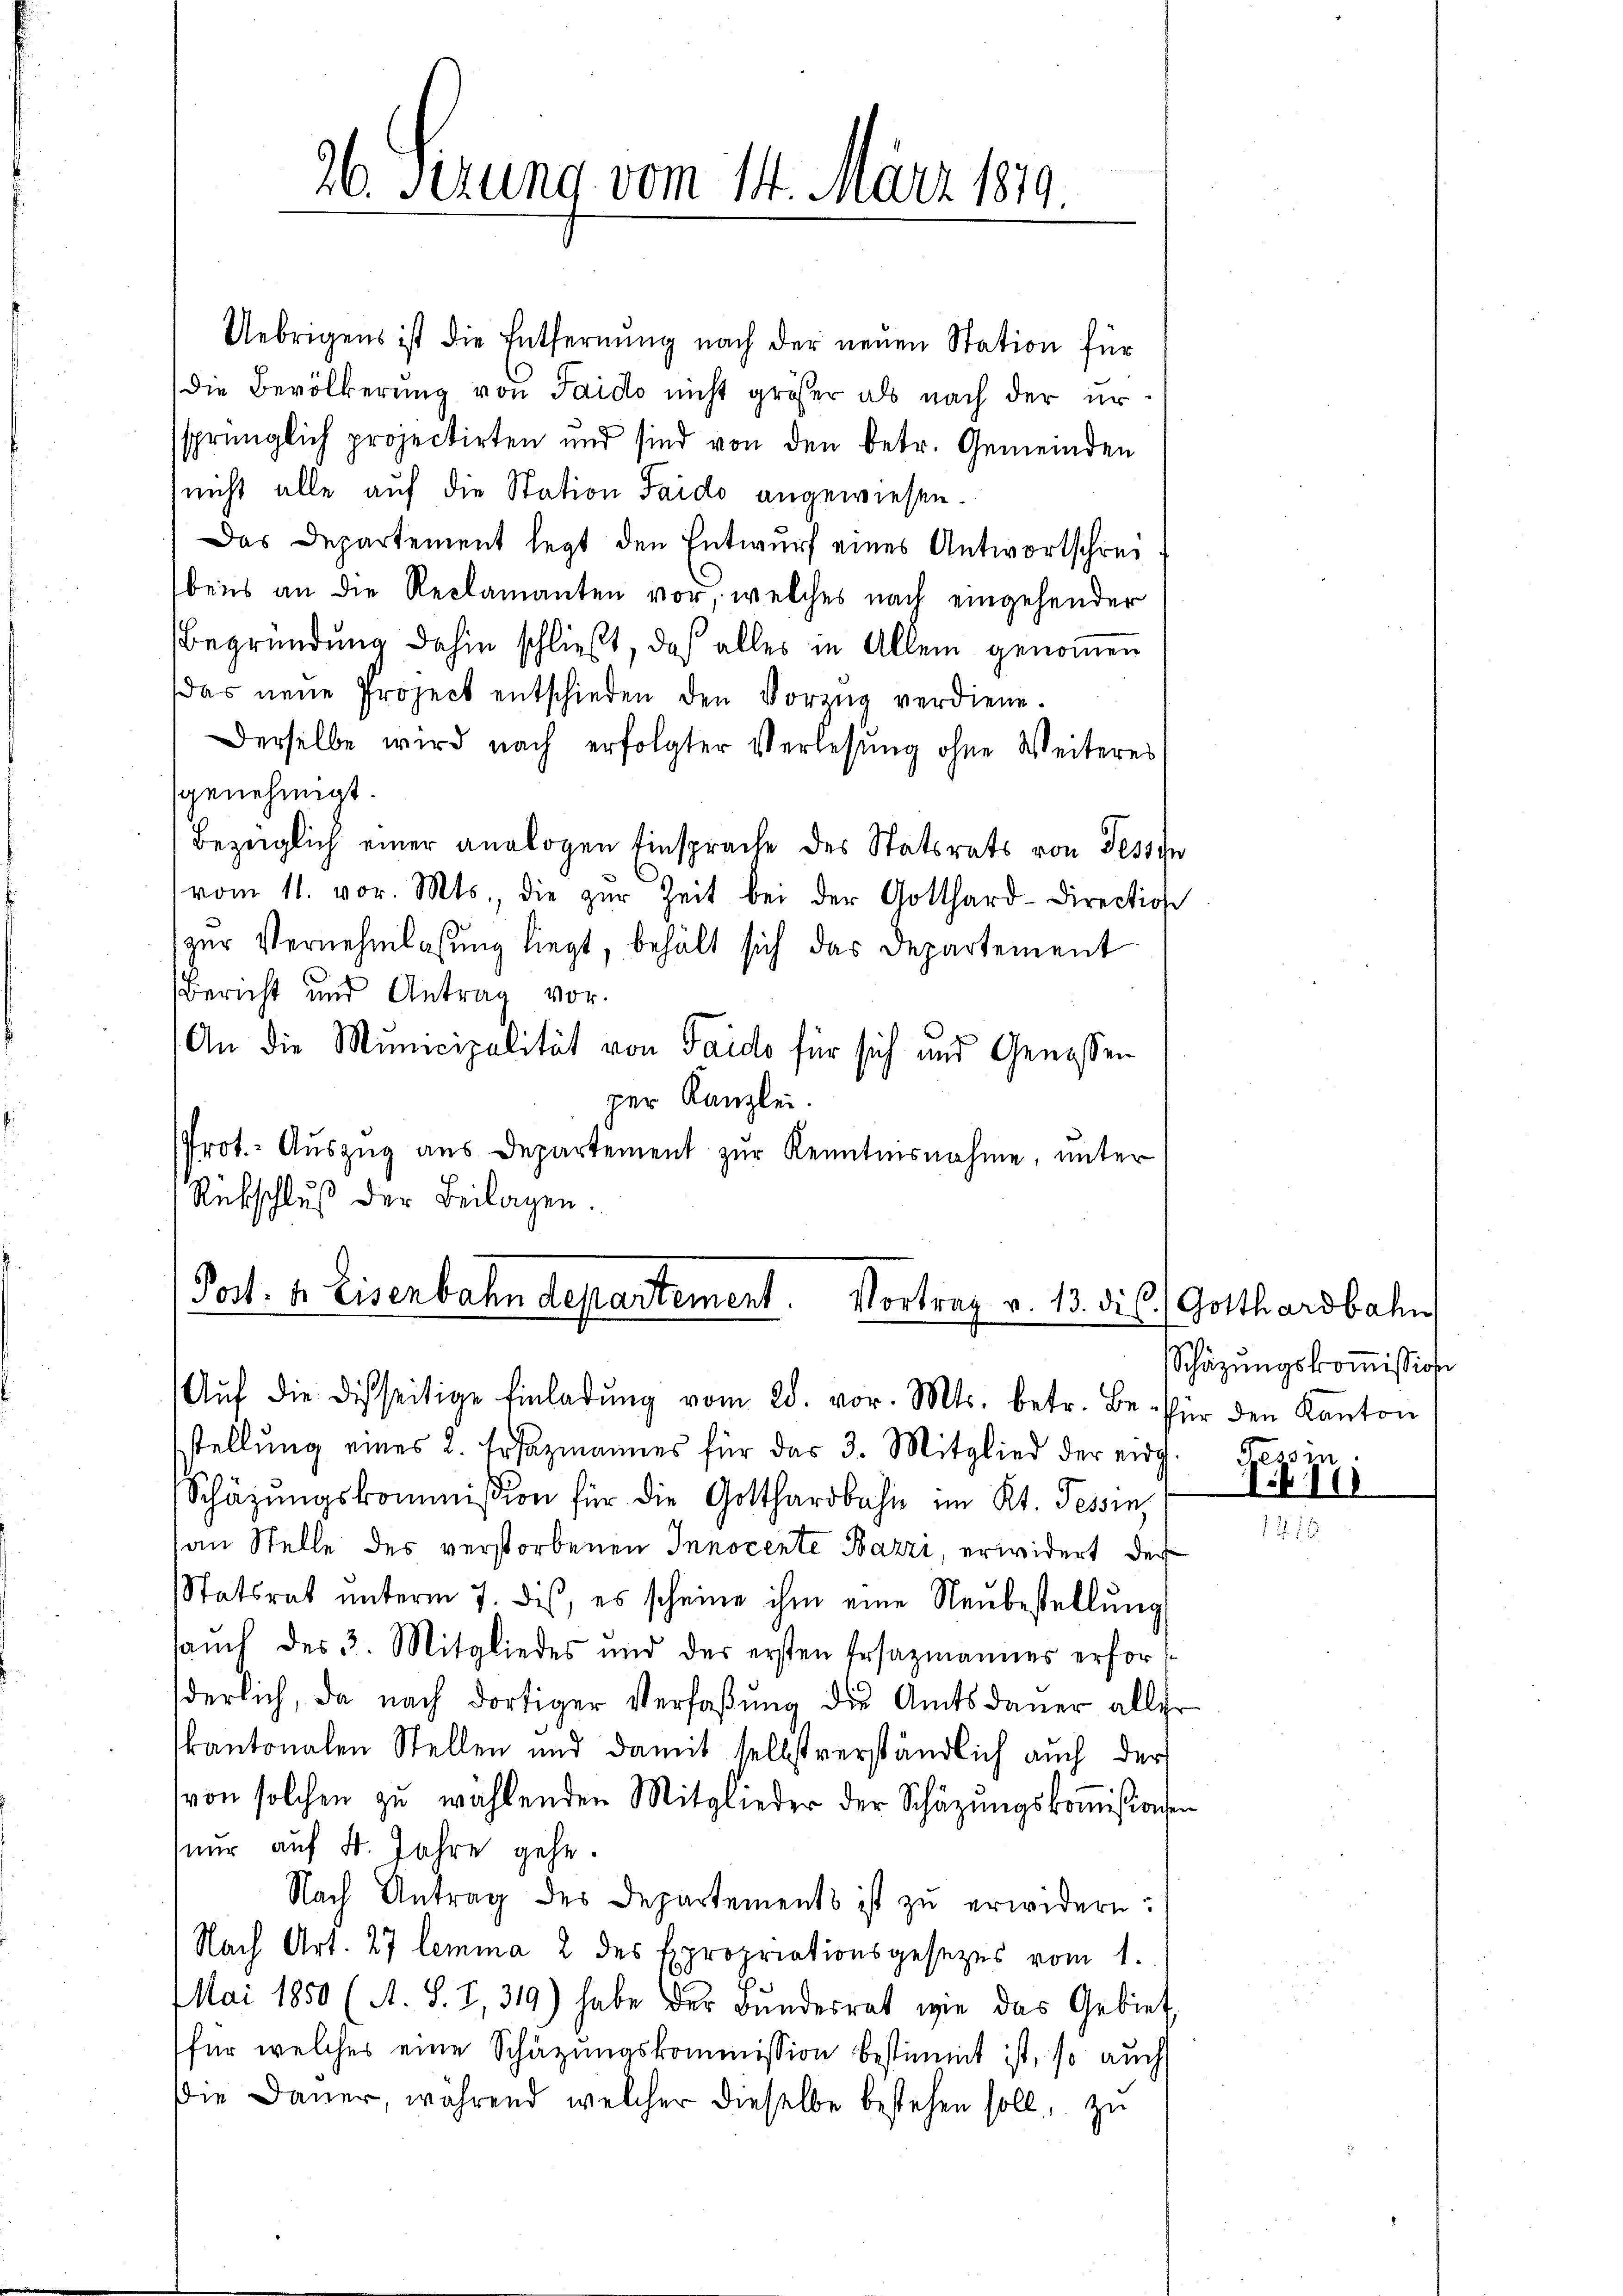
Post. 4. Eisenbahndepartement. Vortrag v. 13. dis
Aŭf die disseitige Einladŭng vom 28. vor. Mts. betr. Be. für den Kanton

26. Serung vom 14. März 1879.

Uebrigens ist die Entfernung nach der neuen Station für
die Bevölkerung von Taido nicht größer als nach der er
sprünglich projectirten und sind von den betr. Gemeinden
nicht alle auf die Station Taido angewiesen.
Das Departement legt den Entwurf eines Antwortschreibens an die Reclamanten vor, welches nach eingehender
Begründung dahin schließt, daß alles in Allem genommen
(das neue Project entschieden den Vorzŭg verdiene.
Derselbe wird nach erfolgter Verlesung ohne Weiteres
sgenehmigt.
Bezüglich einer analogen Einsprache des Statsrats von Tessin
vom 11. vor. Mts., die zŭr Zeit bei der Gotthard-Direction
zur Vernehmlassung liegt, behält sich das Departement
Bericht und Antrag vor.
An die Municipalität von Taido für sich und Genossen
per Kanzlei.
Prot.- Auszug aus Departement zur Kenntnisnahme, unter
Rückschluß der Beilagen.

stellŭng eines 2. Ersazmannes für das 3. Mitglied der eidg. Tessin
Schäzŭngskommission für die Gotthardbahn im Kt. Tessin,
an Stelle des verstorbenen Innocente Bazzi, erwidert der
Statsrat ŭnterm 7. dis, es scheine ihm eine Neŭbestellŭng
saŭch des 3. Mitgliedes und der ersten Ersazmannes erfors
derlich, da nach dortiger Verfaßung die Amtsdauer aller
kantonalen Stellen und damit selbstverständlich auch der
von solchen zŭ wählenden Mitglieder der Schäzŭngskoṁisionen
nur auf 4. Jahre gehe.
Nach Antrag des Departements ist zu erwidern:
Nach Art. 27 lemma 2 des Expropriationsgesezes vom 1.
Mai 1850 (A. S. I, 319) habe der Bŭndesrat wie das Gebiet
für welches eine Schätzungskommission bestimmt ist, so auch
die Dauer, während welcher dieselbe bestehen soll, zu

Gotthardbahn
Schäzŭngskoṁission

1410